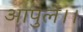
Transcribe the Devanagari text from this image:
आपुले।।